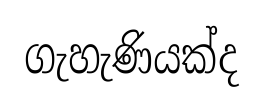
ගැහැණියක්ද